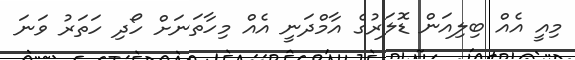
މިއީ އެއް ބިލިއަން ޑޮލަރުގެ އާމްދަނީ އެއް މިހާތަނަށް ހޯދި ހަތަރު ވަނަ